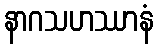
နာဂသဟဿာနံ